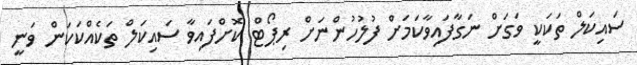
ސައިކަލް ތަކަކީ ވަގަށް ނަގާފައިވާކަމަށް ފުލުހުންނަށް ރިޕޯޓް ކޮށްފައިވާ ސައިކަލް ތަކެއްކަކަން ވަނީ